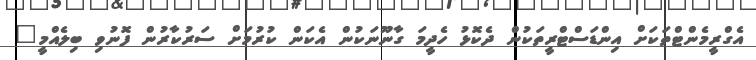
އެގްރީމެންޓްތަކަށް އިންޑަސްޓްރީތަކުން ދެކޮޅު ހެދީމަ ގާނޫނަކުން އެކަން ކުރުމަށް ސަރުކާރުން ފޮނުވި ބިލެއްމީ"